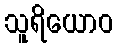
သူရိယောဝ